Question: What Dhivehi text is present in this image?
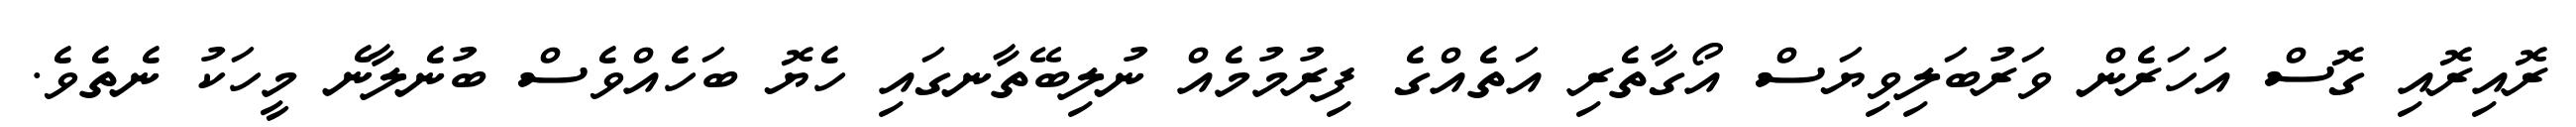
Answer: ރޮއިރޮއި ގޮސް އަހަރެން ވަރުބަލިވިޔަސް އޯގާތެރި އަތެއްގެ ފިރުމުމެއް ނުލިބޭތާނގައި ހެޔޮ ބަހެއްވެސް ބުނެލާނެ މީހަކު ނެތެވެ.